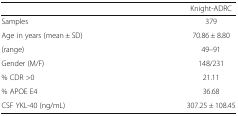
<table><thead><tr><td></td><td><b>Knight-ADRC</b></td></tr></thead><tbody><tr><td>Samples</td><td>379</td></tr><tr><td>Age in years (mean ± SD)</td><td>70.86 ± 8.80</td></tr><tr><td>(range)</td><td>49–91</td></tr><tr><td>Gender (M/F)</td><td>148/231</td></tr><tr><td>% CDR &gt;0</td><td>21.11</td></tr><tr><td>% APOE E4</td><td>36.68</td></tr><tr><td>CSF YKL-40 (ng/mL)</td><td>307.25 ± 108.45</td></tr></tbody></table>